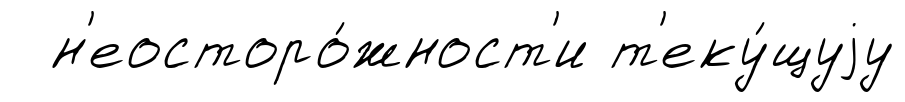
н'еосторо́жност'и т'еку́щуjу